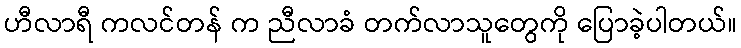
ဟီလာရီ ကလင်တန် က ညီလာခံ တက်လာသူတွေကို ပြောခဲ့ပါတယ်။